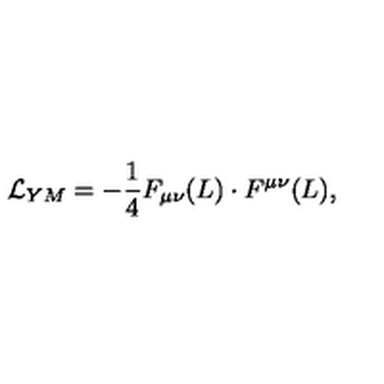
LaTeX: { \cal L } _ { Y M } = - \frac { 1 } { 4 } F _ { \mu \nu } ( L ) \cdot F ^ { \mu \nu } ( L ) ,